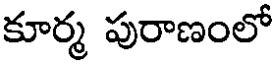
కూర్మ పురాణంలో